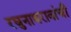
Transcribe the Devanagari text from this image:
रघुनाथरावांची